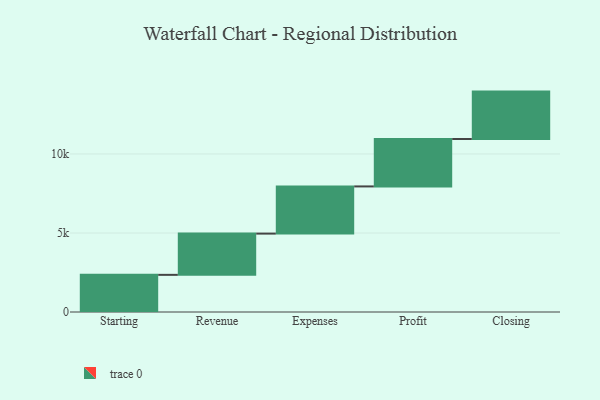
{"axis": {"x": "Step", "y": "Value"}, "legend": [""], "data": [{"x": "Starting", "y": 2351.0, "type": ""}, {"x": "Revenue", "y": 2610.0, "type": ""}, {"x": "Expenses", "y": 2986.0, "type": ""}, {"x": "Profit", "y": 3000, "type": ""}, {"x": "Closing", "y": 3000, "type": ""}]}